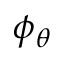
\phi _ { \theta }